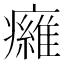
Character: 𤻕